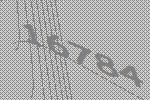
16784